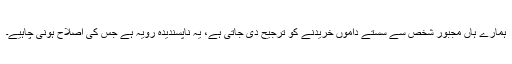
ہمارے ہاں مجبور شخص سے سستے داموں خریدنے کو ترجیح دی جاتی ہے، یہ ناپسندیدہ رویہ ہے جس کی اصلاح ہونی چاہیے۔